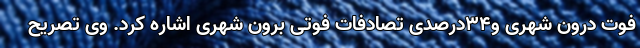
فوت درون شهری و۳۴درصدی تصادفات فوتی برون شهری اشاره کرد. وی تصریح